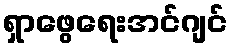
ရှာဖွေရေးအင်ဂျင်